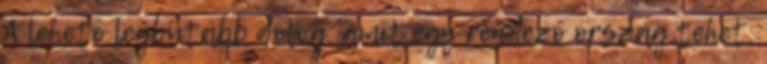
A lehető legbutább dolog, amit egy rendező ország tehet,